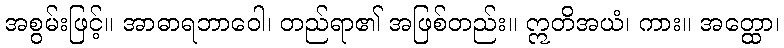
အစွမ်းဖြင့်။ အာဓာရဘာဝေါ၊ တည်ရာ၏ အဖြစ်တည်း။ ဣတိအယံ၊ ကား။ အတ္ထော၊